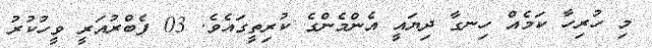
މި ހުރިހާ ކަމެއް ހިނގާ ދިޔައީ އެންމެންގެ ކުރިތީގައެވެ. 03 ފެބްރުއަރީ ވީހުކުރު